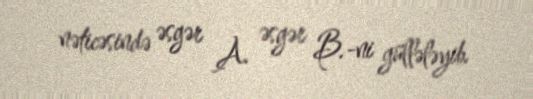
nəticəsində əsgər A. əsgər B.-ni güllələyib.